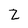
Character: Z